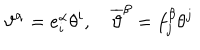
\vartheta ^ { \alpha } = e _ { i } ^ { \alpha } \theta ^ { i } , \quad \overline { { { \vartheta } } } ^ { \beta } = f _ { j } ^ { \beta } \theta ^ { j }